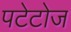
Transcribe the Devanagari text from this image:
पटेटोज